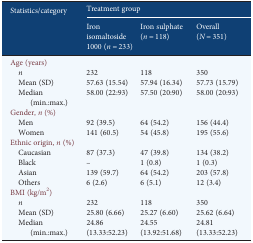
| <ROWSPAN=2> Statistics/category | <COLSPAN=3> Treatment group |
 | Iron isomaltoside 1000 (n = 233) | Iron sulphate (n = 118) | Overall (N = 351) |
 | --- | --- | --- | --- |
 | <COLSPAN=4> Age (years) |
 | n | 232 | 118 | 350 |
 | Mean (SD) | 57.63 (15.54) | 57.94 (16.34) | 57.73 (15.79) |
 | Median (min.:max.) | 58.00 (22:93) | 57.50 (20:90) | 58.00 (20:93) |
 | <COLSPAN=4> Gender, n (%) |
 | Men | 92 (39.5) | 64 (54.2) | 156 (44.4) |
 | Women | 141 (60.5) | 54 (45.8) | 195 (55.6) |
 | <COLSPAN=4> Ethnic origin, n (%) |
 | Caucasian | 87 (37.3) | 47 (39.8) | 134 (38.2) |
 | Black | – | 1 (0.8) | 1 (0.3) |
 | Asian | 139 (59.7) | 64 (54.2) | 203 (57.8) |
 | Others | 6 (2.6) | 6 (5.1) | 12 (3.4) |
 | <COLSPAN=4> BMI (kg/m2) |
 | n | 232 | 118 | 350 |
 | Mean (SD) | 25.80 (6.66) | 25.27 (6.60) | 25.62 (6.64) |
 | Median (min.:max.) | 24.86 (13.33:52.23) | 24.55 (13.92:51.68) | 24.81 (13.33:52.23) |